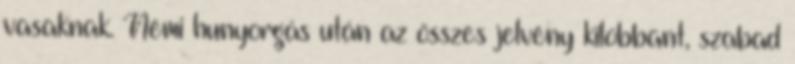
vasaknak. Némi hunyorgás után az összes jelvény kilobbant, szabad